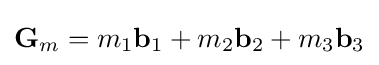
\mathbf {G} _{m}=m_{1}\mathbf {b} _{1}+m_{2}\mathbf {b} _{2}+m_{3}\mathbf {b} _{3}